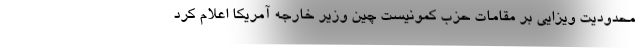
محدودیت ویزایی بر مقامات حزب کمونیست چین وزیر خارجه آمریکا اعلام کرد